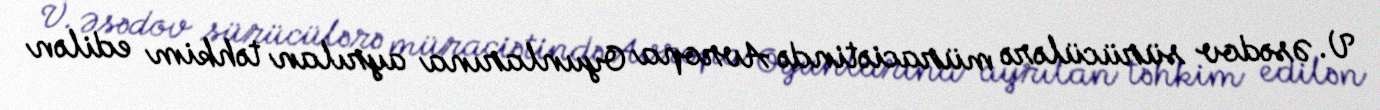
V. Əsədov sürücülərə müraciətində Avropa Oyunlarına ayrılan təhkim edilən